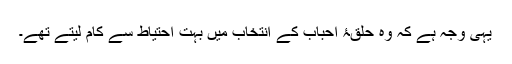
یہی وجہ ہے کہ وہ حلقۂ احباب کے انتخاب میں بہت احتیاط سے کام لیتے تھے۔